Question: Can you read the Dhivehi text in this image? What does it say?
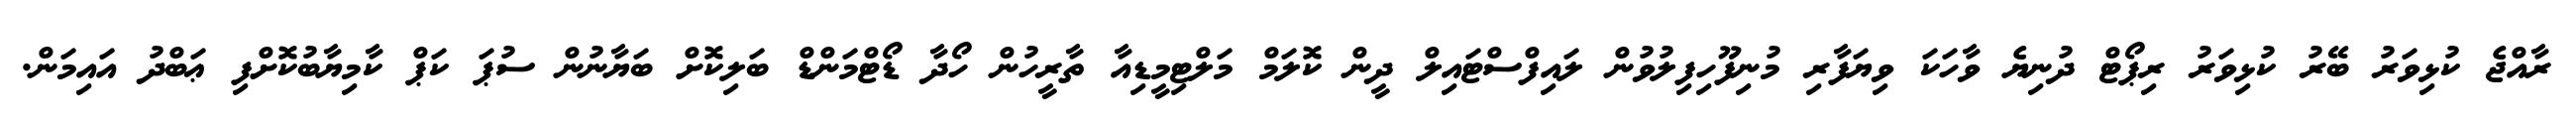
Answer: ރާއްޖެ ކުޅިވަރު ބޭރު ކުޅިވަރު ރިޕޯޓް ދުނިޔެ ވާހަކަ ވިޔަފާރި މުނިފޫހިފިލުވުން ލައިފްސްޓައިލް ދީން ކޮލަމް މަލްޓިމީޑިއާ ތާރީހުން ހޯދާ ޑޯޓްމަންޑް ބަލިކޮށް ބަޔާނުން ސުޕަ ކަޕް ކާމިޔާބުކޮށްފި ޢަބްދު އައިމަން.